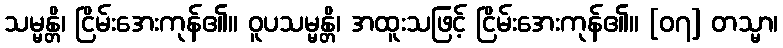
သမ္မန္တိ၊ ငြိမ်းအေးကုန်၏။ ဝူပသမ္မန္တိ၊ အထူးသဖြင့် ငြိမ်းအေးကုန်၏။ [၀၇] တသ္မာ၊